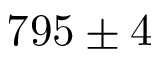
7 9 5 \pm 4